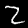
Label: 2